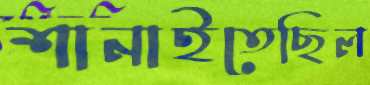
শানাইতেছিল